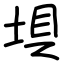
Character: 埧